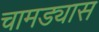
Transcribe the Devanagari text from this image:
चामड्यास